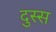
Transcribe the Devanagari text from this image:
दुस्स